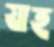
যাহ